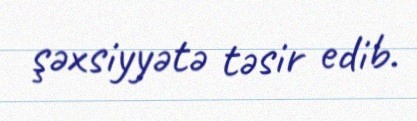
şəxsiyyətə təsir edib.